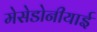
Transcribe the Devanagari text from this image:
मेसेडोनीयाई